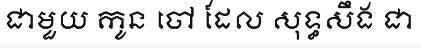
ជាមួយ កូន ចៅ ដែល សុទ្ធសឹង ជា